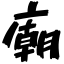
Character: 廟